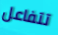
تتفاعل